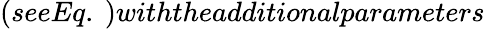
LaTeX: (seeEq.~)withtheadditionalparameters